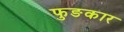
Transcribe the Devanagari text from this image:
फुङकार